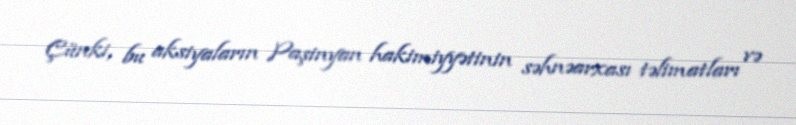
Çünki, bu aksiyaların Paşinyan hakimiyyətinin səhnəarxası təlimatları və